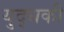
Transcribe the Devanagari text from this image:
युद्धकी